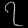
Digit: ၇